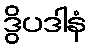
ဒွိပဒါနံ